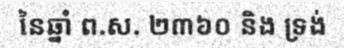
នៃឆ្នាំ ព.ស. ២៣៦០ និង ទ្រង់